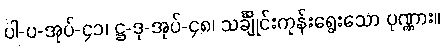
ပါ-ပ-အုပ်-၄၁၊ ဋ္ဌ-ဒု-အုပ်-၄၈၊ သင်္ချိုင်းကုန်းရွေးသော ပုဏ္ဏား။